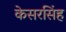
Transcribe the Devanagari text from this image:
केसरसिंह